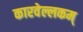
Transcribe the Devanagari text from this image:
कारवेल्लकम्‌